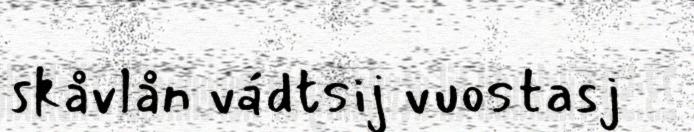
skåvlån vádtsij vuostasj